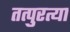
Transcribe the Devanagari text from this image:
तत्पुरत्या